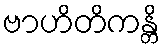
ဗာဟိတိကန္တိ